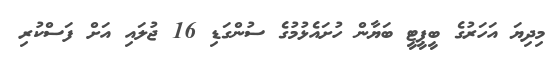
މިދިޔަ އަހަރުގެ ބީޕީޓީ ބަޔާން ހުށައެޅުމުގެ ސުންގަޑި 16 ޖުލައި އަށް ފަސްކުރި